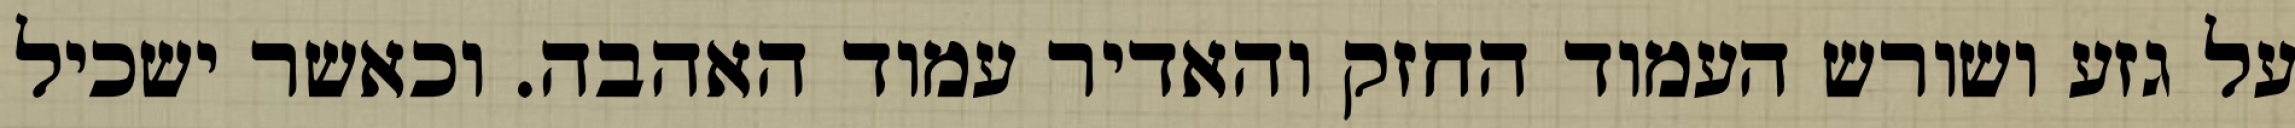
על גזע ושורש העמוד החזק והאדיר עמוד האהבה. וכאשר ישכיל